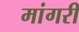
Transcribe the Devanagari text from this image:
मांगरी